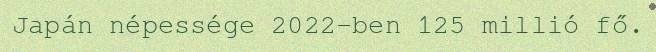
Japán népessége 2022-ben 125 millió fő.